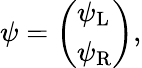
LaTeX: \psi={\left(\begin{array}{l}{\psi_{\mathrm{{L}}}}\\ {\psi_{\mathrm{{R}}}}\end{array}\right)},